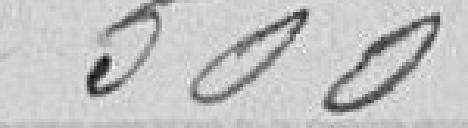
500